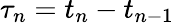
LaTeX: \tau_{n}=t_{n}-t_{n-1}